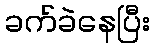
ခက်ခဲနေပြီး